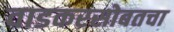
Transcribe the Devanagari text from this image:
वाडकरसोबतचा